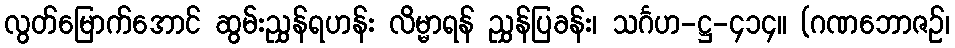
လွတ်မြောက်အောင် ဆွမ်းညွှန်ရဟန်း လိမ္မာရန် ညွှန်ပြခန်း၊ သင်္ဂဟ-ဋ္ဌ-၄၁၄။ (ဂဏဘောဇဉ်၊